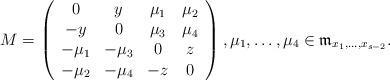
LaTeX: \begin{align*}M=\left( \begin{array} {cccc}0 & y & \mu_1 & \mu_2 \\-y & 0 & \mu_3 & \mu_4 \\-\mu_1 & -\mu_3 & 0 & z \\-\mu_2 & -\mu_4 & -z & 0 \end{array}\right), \mu_1, \dots, \mu_4 \in {\frak m}_{x_1,\dots,x_{s-2}}.\end{align*}